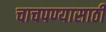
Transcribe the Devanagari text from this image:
चाचपण्यासाठी